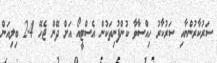
ސަރުކާރުންނާއި ސަރުކާރު ހިއްސާވާ ކުންފުނިތަކުން އެސްޓީއޯ އަށް ދޭން ޖެހޭ 2.4 ބިލިއަން